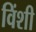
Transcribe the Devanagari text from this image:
विंशी